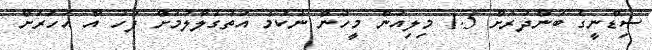
ސިޑްނީގެ ބަންދަރަށް 1.5 މިލިއަން މީހުން ނުކުމެ އަތުގުލާލުމަށް ފަހު އާ އަހަރަށް